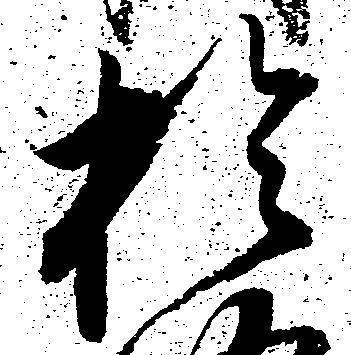
於